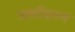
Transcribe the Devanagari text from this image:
सार्वीकरण